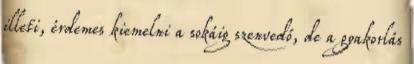
illeti, érdemes kiemelni a sokáig szenvedő, de a gyakorlás